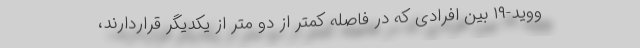
ووید-۱۹ بین افرادی که در فاصله کمتر از دو متر از یکدیگر قراردارند،